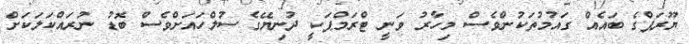
ޔޫރަޕްގެ ބައެއް ގައުމުތަކުންވެސް މިހާރު ވަނީ ޓްރަމްޕަކީ ދުނިޔޭގެ ސުލްހައަށްވެސް ބޮޑު ނުރައްކަލަކަށް